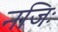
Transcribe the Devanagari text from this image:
नजिः